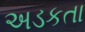
અડકતા